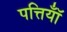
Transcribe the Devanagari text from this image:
पत्तियॉँ